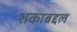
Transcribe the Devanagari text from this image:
शकाबद्दल